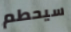
سيحطم